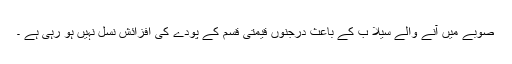
صوبے میں آنے والے سیلا ب کے باعث درجنوں قیمتی قسم کے پودے کی افزائش نسل نہیں ہو رہی ہے ۔